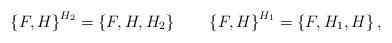
LaTeX: \begin{align*}\left\{ F,H\right\} ^{{H}_{2}}=\left\{ F,H,H_{2}\right\} \qquad\left\{F,H\right\} ^{{H}_{1}}=\left\{ F,H_{1},H\right\} , \end{align*}